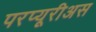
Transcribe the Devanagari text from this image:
परप्यूरीअस